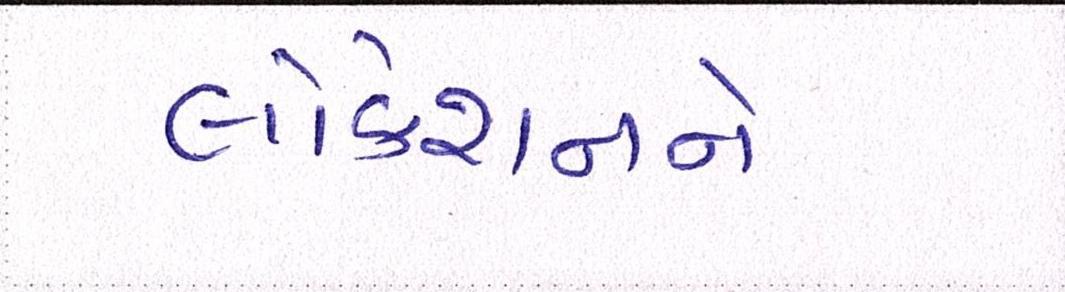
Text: લોકેશનને